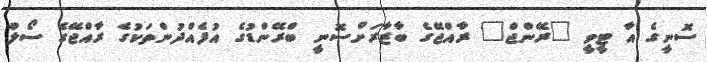
ސޮނީގެ އާ ޓީވީ "ރޭންޖް" ރާއްޖޭގެ ބާޒާރަށްސޮނީ ބްރޭންޑުގެ އުފެއްދުންތަކުގެ ރާއްޖޭގެ ސޯލް